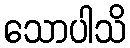
သောပါသိ